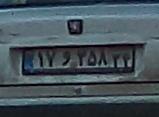
۱۷و۲۵۸۳۴